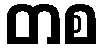
တစ